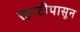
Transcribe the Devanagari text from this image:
रहाटीपासून